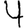
Digit: 4